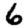
Digit: 6